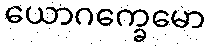
ယောဂက္ခေမော